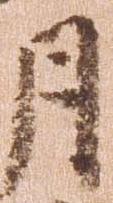
月